Vaccination report Assam 1896-1927 - 1896-1927
Year: 1896
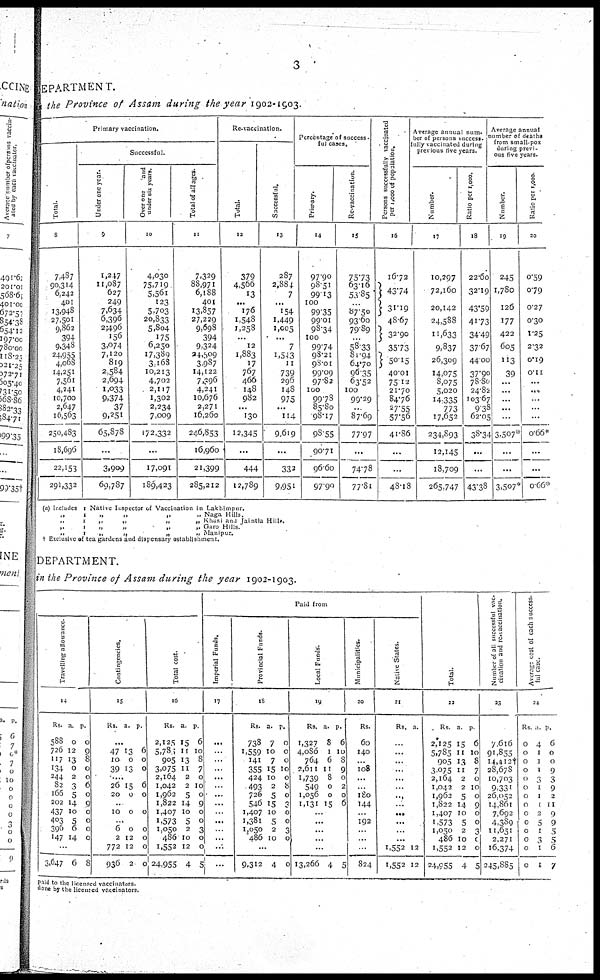
3
DEPARTMENT.
in the Province of Assam during the year 1902-1903.
Primary vaccination.
Total.
8
7,487
90,314
6,242
401
13,948
27,501
9,862
394
9,348
24,955
4,068
14,251
7,561
4,241
10,700
2,647
16,563
250,483
18,696
22,153
291,332
Successful.
Under one year.
9
1,247
11,087
627
249
7,634
6,396
2,496
156
3,074
7,120
819
2,584
2,694
1,033
9,374
37
9,251
65,878
...
3,909
69,787
Over one and
under six years.
10
4,030
75,719
5,561
123
5,703
20,833
5,804
175
6,250
17,389
3,168
10,213
4,702
2,117
1,302
2,234
7,009
172,332
...
17,091
189,423
Total of all ages.
11
7,329
88,971
6,188
401
13,857
27,229
9,698
394
9,324
24,509
3,987
14,122
7,396
4,241
10,676
2,271
16,260
246,853
16,960
21,399
285,212
Re-vaccination.
Total.
12
379
4,566
13
...
176
1,548
1,258
...
12
1,883
17
767
466
148
982
...
130
12,345
...
444
12,789
Successful.
13
287
2,884
7
...
154
1,449
1,005
...
7
1,543
11
739
296
148
975
...
114
9,619
...
332
9,951
Percentage of success-
ful cases.
Primary.
14
97.90
98.51
99.13
100
99.35
99.01
98.34
100
99.74
98.21
98.01
99.09
97.82
100
99.78
85.80
98.17
98.55
90.71
96.60
97.99
Re-vaccination.
15
75.73
63.16
53.85
...
87.50
93.60
79.89
...
58.33
81.94
64.70
96.35
63.52
100
99.29
...
87.69
77.97
...
74.78
77.81
Persons successfully vaccinated
per 1,000 of population.
16
16.72
43.74
31.19
48.67
32.90
35.73
50.15
40.01
75.12
21.70
84.76
27.55
57.56
41.86
...
...
48.18
Average annual num¬
ber of persons success.
fully vaccinated during
previous five years.
Number.
17
10,297
72,160
20,142
24,588
11,633
9,837
26,309
14,075
8,075
5,020
14,335
773
17,652
234,893
12,145
18,709
265,747
Ratio per 1,000.
18
22.60
32.19
43.59
41.73
34.49
37.67
44.00
37.90
78.80
24.82
103.67
9.38
62.05
38.34
...
...
43.38
Average annual
number of deaths
from small-pox
during previ-
ous five years.
Number.
19
245
1,780
126
177
422
605
113
39
...
...
...
...
...
3.507*
...
...
3,507*
Ratio per 1,000.
20
0.59
0.79
0.27
0.30
1.25
2.32
0.19
0.11
...
...
...
...
...
0.66*
...
...
0.66*
(a) Includes 1 Native Inspector of Vaccination in Lakhimpur.
„
1
„
„
„
„ Naga Hills.
„
1
„
„
„
„ Khasi and Jaintia Hills.
„
1
„
„
„
„ Garo Hills.
„
1
„
„
„
„ Manipur.
† Exclusive of tea gardens and dispensary establishment.
DEPARTMENT.
in the Province of Assam during the year 1902-1903.
Travelling allowance.
14
Rs.
588
726
117
134
244
82
166
202
437
403
396
147
a.
0
12
13
0
2
3
5
14
10
5
6
14
p.
0
9
8
0
0
6
0
9
0
0
0
0
...
3,647 6 8
Contingencies.
15
Rs. a. p.
...
47
10
39
13
0
13
6
0
0
....
26
20
15
0
6
0
...
10
0
0
...
6
2
772
936
0
12
12
2
0
0
0
0
Total cost.
16
Rs.
2,125
5,785
905
3,075
2,164
1,042
1,962
1,822
1,407
1,573
1,050
486
1,552
24,955
a.
15
11
13
11
2
2
5
14
10
5
2
10
12
4
p.
6
10
8
7
0
10
0
9
0
0
3
0
0
5
Paid from
Imperial Funds.
17
...
...
...
...
...
...
...
...
...
...
...
...
...
...
Provincial Funds.
18
Rs.
738
1,559
141
355
424
493
726
546
1,407
1,381
1,050
486
a.
7
10
7
15
10
2
5
15
10
5
2
10
p.
0
0
0
10
0
8
0
3
0
0
3
0
...
9,312 4 0
Local Funds.
19
Rs.
1,327
4,086
764
2,611
1,739
549
1,056
1,131
a.
8
1
6
11
8
0
0
15
p.
6
10
8
9
0
2
0
6
...
...
...
...
...
13,266 4 5
Municipalities.
20
Rs.
60
140
...
108
...
...
180
144
...
192
...
...
...
824
Name States.
21
Rs. a.
...
...
...
...
...
...
...
...
...
...
...
...
1,552
1,552
12
12
Total.
22
Rs.
2,125
5,785
905
3,075
2,164
1,042
1,962
1,822
1,407
1,573
1,050
486
1,552
24,955
a.
15
11
13
11
2
2
5
14
10
5
2
10
12
4
p.
6
10
8
7
0
10
0
9
0
0
3
0
0
5
Number of all successful vac¬
cination and revaccination.
23
7,6l6
91,855
14,412†
28,678
10,703
9,331
26,052
14,861
7,692
4,389
11,651
2,271
16,374
245,885
Average cost of each success¬
ful cases.
24
Rs
0
0
0
0
0
0
0
0
0
0
0
0
0
0
a.
4
1
1
1
3
1
1
1
2
5
1
3
1
1
p.
6
0
0
9
3
9
2
11
9
9
5
5
6
7
paid to the licensed vaccinators.
done by the licensed vaccinators.